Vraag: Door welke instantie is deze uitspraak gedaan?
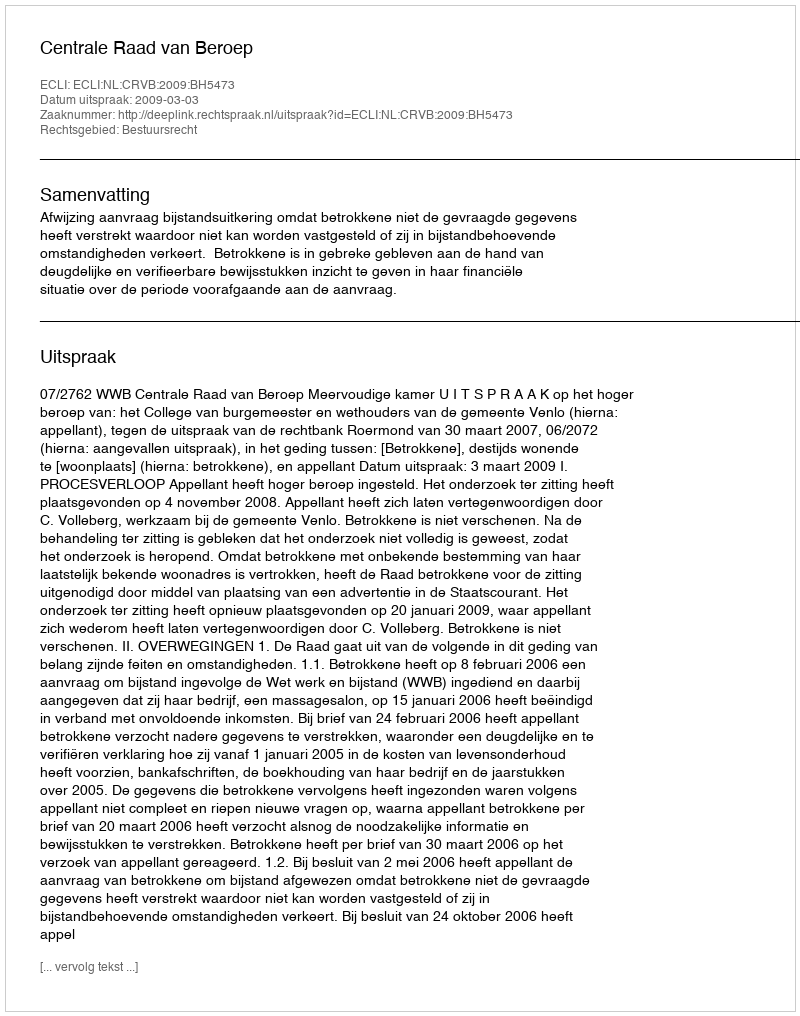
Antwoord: Centrale Raad van Beroep